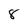
Character: 8